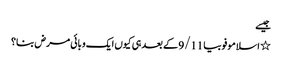
جیسے
٭ اسلاموفوبیا 9/11 کے بعد ہی کیوں ایک وبائی مرض بنا؟